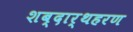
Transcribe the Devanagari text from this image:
शब्दार्थहरण